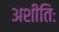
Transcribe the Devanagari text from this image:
अशीतिः